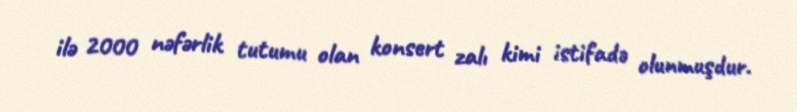
ilə 2000 nəfərlik tutumu olan konsert zalı kimi istifadə olunmuşdur.